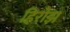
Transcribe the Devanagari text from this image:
हिरोझ